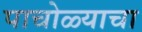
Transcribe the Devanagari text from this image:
पाचोळ्याचा